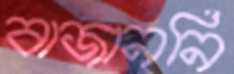
বাজাননি